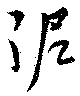
泥